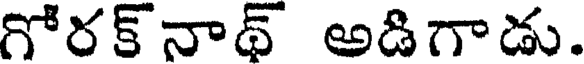
గోరక్ నాథ్ అడిగాడు.